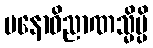
မနောဝိညာဏသ္မိမ္ပိ